Suggestions for procedure with regard to school attendance under the Education (Scotland) Act, 1936, sections 1 to 3 and 5, 1936
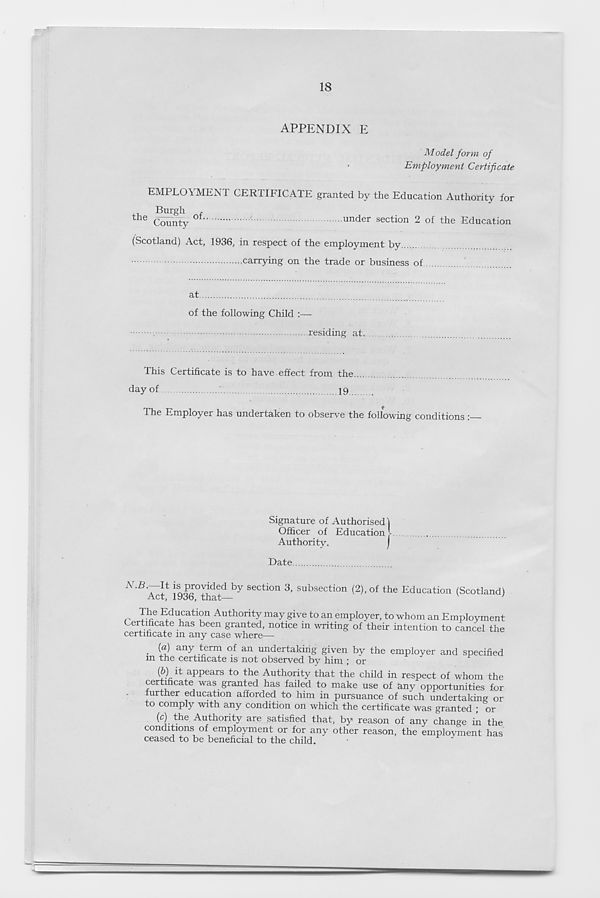
18
APPENDIX E
Model form of
Employment Certificate
EMPLOYMENT CERTIFICATE granted by the Education Authority for
Burgh (
the County
under secti on 2 of the Education
(Scotland) Act, 1936, in respect of the employment by
carrying on the trade or business of
at
of the following Child :—
residing at.
This Certificate is to have effect from the
d ay of
19..
The Employer has undertaken to observe the following conditions :
Signature of Authorised ]
Officer of Education l
Authority.
j
Date.
; S P r°y i ded
section 3, subsection (2), of the Education (Scotland)
n T be Education Authority may give to an employer, to whom an Employment
Certificate has been granted, notice in writing of their intention to cancel the
certificate m any case where—
{a) any term of an undertaking given by the employer and specified
m the certificate is not observed by him ; or
^ a PP ears to the Authority that the child in respect of whom the
certificate was granted has failed to make use of any opportunities for
further education afforded to him in pursuance of such undertaking or
to comply with any condition on which the certificate was granted ; or
(c) the Authority are satisfied that, by reason of any change in the
conditions of employment or for any other reason, the employment has
ceased to be beneficial to the child.